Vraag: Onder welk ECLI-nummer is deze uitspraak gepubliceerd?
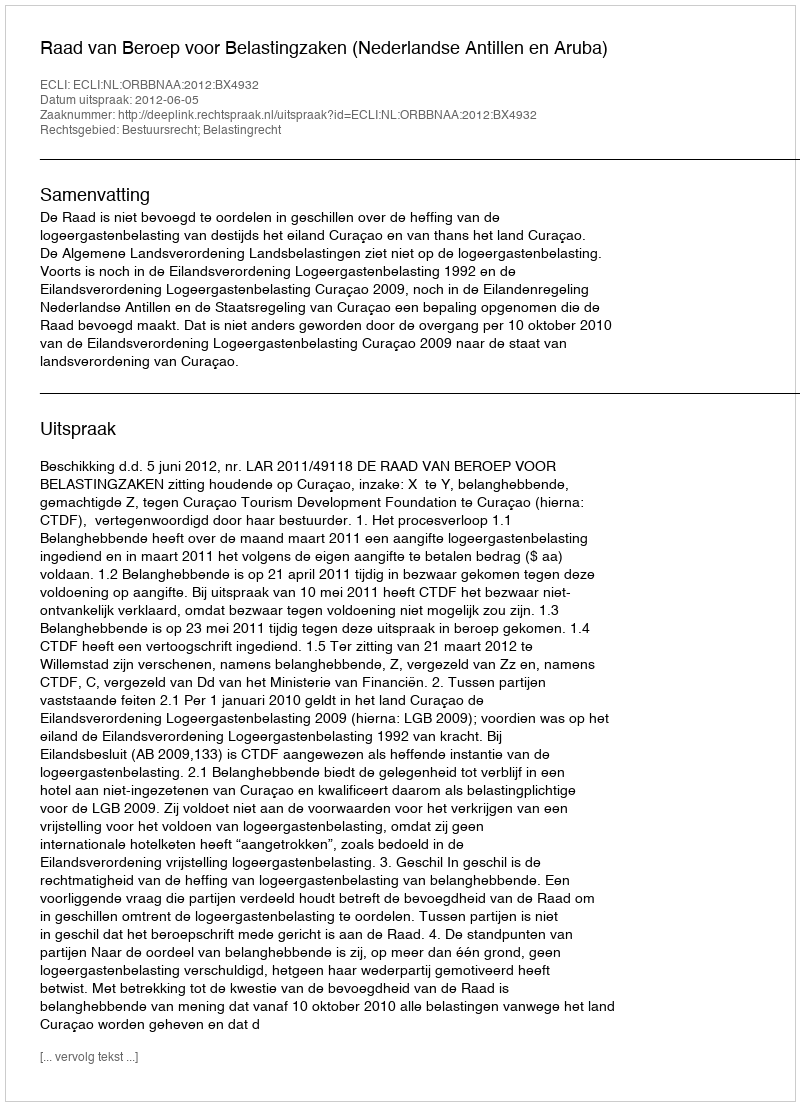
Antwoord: ECLI:NL:ORBBNAA:2012:BX4932